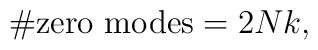
\# \hbox {zero modes} = 2 Nk,